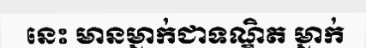
នេះ មានម្នាក់ជាទណ្ឌិត ម្នាក់